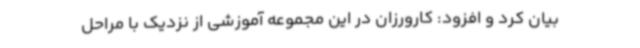
بیان کرد و افزود: کارورزان در این مجموعه آموزشی از نزدیک با مراحل